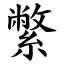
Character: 䌘